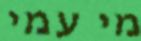
מי עמי